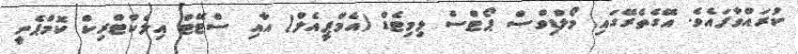
ކުރައްވާފައެވެ. އޭގެތެރޭގައި މޯލްޑިވްސް ޕޯޓްސް ލިމިޓެޑް (އެމްޕީއެލް) އާއި ސްޓޭޓް އިލެކްޓްރިކް ކޮމްޕެނީ